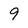
Character: 9